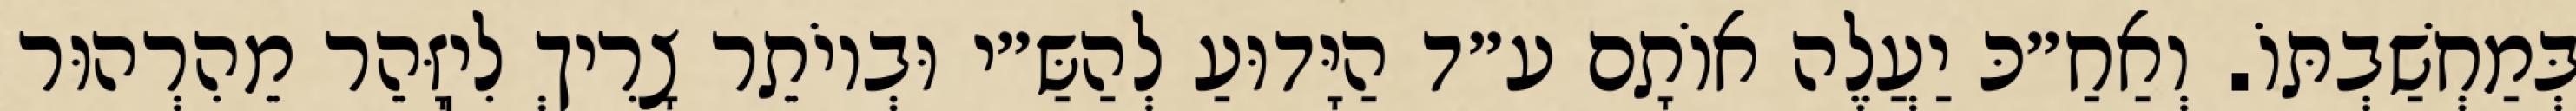
בְּמַחְשַׁבְתּוֹ. וְאַחַ״כּ יַעֲלֶה אוֹתָם ע״ד הַיָּדוּעַ לְהַשַּ״י וּבְיוֹתֵר צָרִיךְ לִיֽזָּהֵר מֵהִרְהוּר